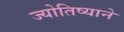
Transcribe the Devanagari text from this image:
ज्योतिष्याने